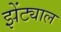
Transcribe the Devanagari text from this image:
झेंट्याल